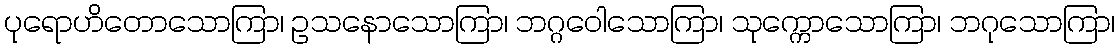
ပုရောဟိတောသောကြာ၊ ဥသနောသောကြာ၊ ဘဂ္ဂဝေါသောကြာ၊ သုက္ကောသောကြာ၊ ဘဂုသောကြာ၊